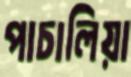
পাচালিয়া